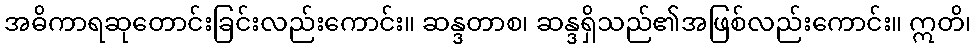
အဓိကာရဆုတောင်းခြင်းလည်းကောင်း။ ဆန္ဒတာစ၊ ဆန္ဒရှိသည်၏အဖြစ်လည်းကောင်း။ ဣတိ၊